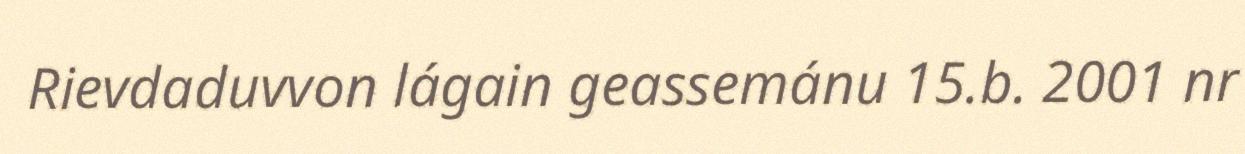
Rievdaduvvon lágain geassemánu 15.b. 2001 nr